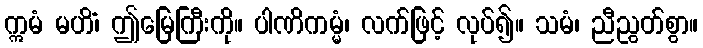
ဣမံ မဟိံ၊ ဤမြေကြီးကို။ ပါဏိကမ္မံ၊ လက်ဖြင့် လုပ်၍။ သမံ၊ ညီညွတ်စွာ။